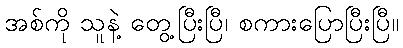
အစ်ကို သူနဲ့ တွေ့ပြီးပြီ၊ စကားပြောပြီးပြီ။